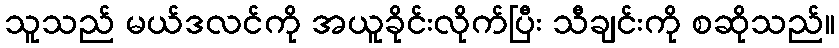
သူသည် မယ်ဒလင်ကို အယူခိုင်းလိုက်ပြီး သီချင်းကို စဆိုသည်။